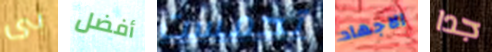
بى أفضل تحمست الاجهاد جدا